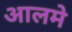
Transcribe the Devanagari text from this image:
आलमे